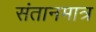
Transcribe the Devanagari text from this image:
संतानमात्र